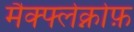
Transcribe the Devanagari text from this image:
मैक्फ्लेक्नोफ़